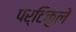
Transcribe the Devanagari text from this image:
पर्टिकुले